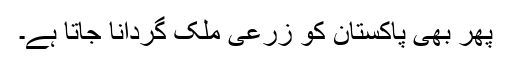
پھر بھی پاکستان کو زرعی ملک گردانا جاتا ہے۔